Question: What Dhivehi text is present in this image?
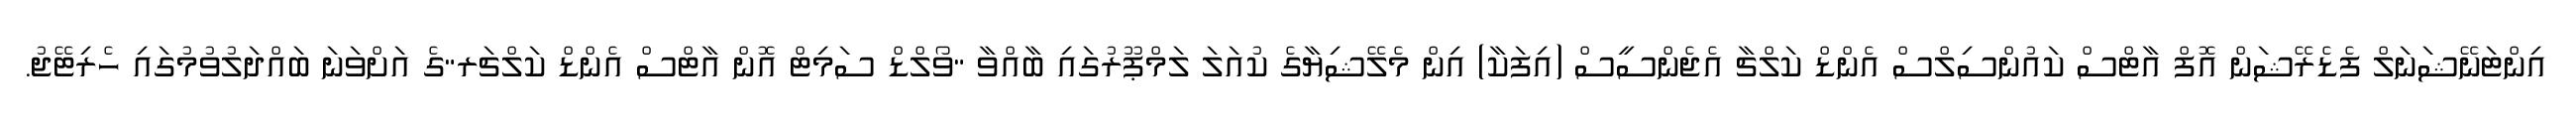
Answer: އިންޓަނޭޝަނަލް ފެޑެރޭޝަން އޮފް އާޓްސް ކައުންސިލްސް އެންޑް ކަލްޗާ އެޖެންސީސް (އިފަކާ) އިން މެލޭޝިޔާގެ ކުއަލަ ލަމްޕޫރުގައި ބާއްވާ "ވޯލްޑް ސަމިޓް އޮން އާޓްސް އެންޑް ކަލްޗަރ"ގެ އަށްވަނަ ބައްދަލުވުމުގައި ހެރިޓޭޖު.